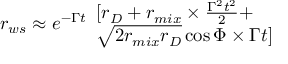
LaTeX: r _ { w s } \approx e ^ { - \Gamma t } \begin{array} { l } { { [ r _ { D } + r _ { m i x } \times \frac { \Gamma ^ { 2 } t ^ { 2 } } { 2 } + } } \\ { { \sqrt { 2 r _ { m i x } r _ { D } } \cos { \Phi } \times \Gamma t ] } } \end{array}